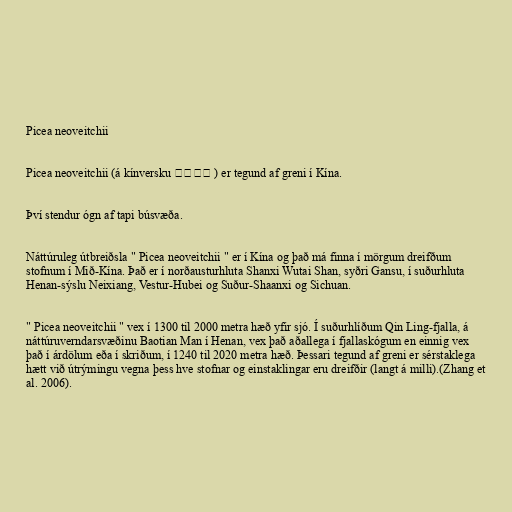
Picea neoveitchii

Picea neoveitchii (á kínversku 大果青扦 ) er tegund af greni í Kína.

Því stendur ógn af tapi búsvæða.

Náttúruleg útbreiðsla " Picea neoveitchii " er í Kína og það má finna í mörgum dreifðum
stofnum í Mið-Kína. Það er í norðausturhluta Shanxi Wutai Shan, syðri Gansu, í suðurhluta
Henan-sýslu Neixiang, Vestur-Hubei og Suður-Shaanxi og Sichuan.

" Picea neoveitchii " vex í 1300 til 2000 metra hæð yfir sjó. Í suðurhlíðum Qin Ling-fjalla, á
náttúruverndarsvæðinu Baotian Man í Henan, vex það aðallega í fjallaskógum en einnig vex
það í árdölum eða í skriðum, í 1240 til 2020 metra hæð. Þessari tegund af greni er sérstaklega
hætt við útrýmingu vegna þess hve stofnar og einstaklingar eru dreifðir (langt á milli).(Zhang et
al. 2006).